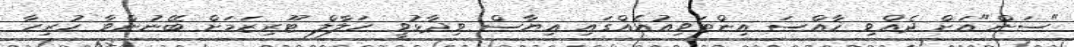
"ސަން"އަށް ދެއްވި ޚާއްސަ އިންޓަވިއުއެއްގައި ޣިޔާސް ވިދާޅުވީ ހަލާލް ޓޫރިޒަމަށް ބޭނުންވާ ހުރިހާ